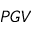
P G V